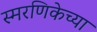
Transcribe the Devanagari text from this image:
स्मरणिकेच्या